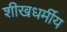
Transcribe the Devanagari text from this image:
शीखधर्मीय